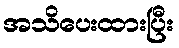
အသိပေးထားပြီး